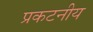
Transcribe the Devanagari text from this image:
प्रकटनीय